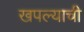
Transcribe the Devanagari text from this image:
खपल्याची